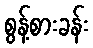
စွန့်စားခန်း